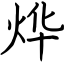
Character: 烨